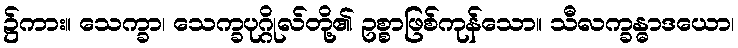
၌ကား။ သေက္ခာ၊ သေက္ခပုဂ္ဂိုလ်တို့၏ ဥစ္စာဖြစ်ကုန်သော။ သီလက္ခန္ဓာဒယော၊